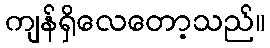
ကျန်ရှိလေတော့သည်။